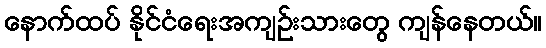
နောက်ထပ် နိုင်ငံရေးအကျဉ်းသားတွေ ကျန်နေတယ်။